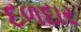
દળદાર